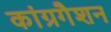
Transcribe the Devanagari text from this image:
कांग्रगैशन